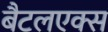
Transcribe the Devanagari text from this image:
बैटलएक्स